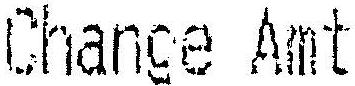
CHANGE AMT